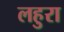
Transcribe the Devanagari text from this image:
लहुरा